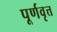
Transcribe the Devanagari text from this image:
पूर्णवृत्त